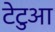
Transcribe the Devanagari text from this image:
टेटुआ